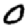
Digit: 0